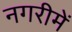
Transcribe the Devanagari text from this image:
नगरीमें